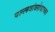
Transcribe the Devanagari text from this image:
पल्लवांबरोबरच्या